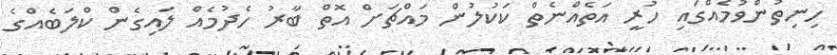
ހިނިތުންވުމެއްގައި ހުރީ އަތެއްނެތް ކަކުލުން މައްޗަށް އޮތް ބާރު ހެދުމެއް ލައިގެން ކްލަބެއްގެ